Report of the Indian Hemp Drugs Commission, 1894-1895 - Volume V
Year: 1894
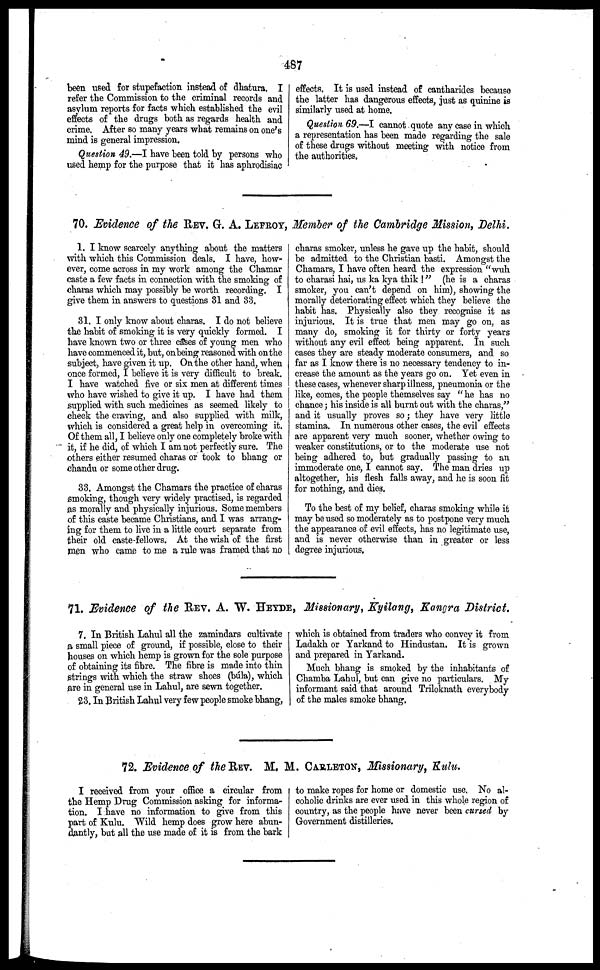
487
been used for stupefaction instead of dhatura. I
refer the Commission to the criminal records and
asylum reports for facts which established the evil
effects of the drugs both as regards health and
crime. After so many years what remains on one's
mind is general impression.
Question 49.—I have been told by persons who
used hemp for the purpose that it has aphrodisiac
effects. It is used instead of cantharides because
the latter has dangerous effects, just as quinine is
similarly used at home.
Question 69.—I cannot quote any case in which
a representation has been made regarding the sale
of these drugs without meeting with notice from
the authorities,
70. Evidence of the REV. G. A. LEFROY, Member of the Cambridge Mission, Delhi.
1. I know scarcely anything about the matters
with which this Commission deals. I have, how-
ever, come across in my work among the Chamar
caste a few facts in connection with the smoking of
charas which may possibly be worth recording. I
give them in answers to questions 31 and 33.
31. I only know about charas. I do not believe
the habit of smoking it is very quickly formed. I
have known two or three cases of young men who
have commenced it, but, on being reasoned with on the
subject, have given it up. On the other hand, when
once formed, I believe it is very difficult to break.
I have watched five or six men at different times
who have wished to give it up. I have had them
supplied with such medicines as seemed likely to
check the craving, and also supplied with milk,
which is considered a great help in overcoming it.
Of them all, I believe only one completely broke with
it, if he did, of which I am not perfectly sure. The
others either resumed charas or took to bhang or
chandu or some other drug.
33. Amongst the Chamars the practice of charas
smoking, though very widely practised, is regarded
as morally and physically injurious. Some members
of this caste became Christians, and I was arrang-
ing for them to live in a little court separate from
their old caste-fellows. At the wish of the first
men who came to me a rule was framed that no
charas smoker, unless he gave up the habit, should
be admitted to the Christian basti. Amongst the
Chamars, I have often heard the expression "wuh
to charasi hai, us ka kya thik !" (he is a charas
smoker, you can't depend on him), showing the
morally deteriorating effect which they believe the
habit has. Physically also they recognise it as
injurious. It is true that men may go on, as
many do, smoking it for thirty or forty years
without any evil effect being apparent. In such
cases they are steady moderate consumers, and so
far as I know there is no necessary tendency to in-
crease the amount as the years go on. Yet even in
these cases, whenever sharp illness, pneumonia or the
like, comes, the people themselves say " he has no
chance; his inside is all burnt out with the charas,"
and it usually proves so; they have very little
stamina. In numerous other cases, the evil effects
are apparent very much sooner, whether owing to
weaker constitutions, or to the moderate use not
being adhered to, but gradually passing to an
immoderate one, I cannot say. The man dries up
altogether, his flesh falls away, and he is soon fit
for nothing, and dies.
To the best of my belief, charas smoking while it
may be used so moderately as to postpone very much
the appearance of evil effects, has no legitimate use,
and is never otherwise than in greater or less
degree injurious.
71. Evidence of the REV. A. W. HEYDE , Missionary, Kyilang, Kangra District.
7. In British Lahul all the zamindars cultivate
a small piece of ground, if possible, close to their
houses on which hemp is grown for the sole purpose
of obtaining its fibre. The fibre is made into thin
strings with which the straw shoes (búla), which
are in general use in Lahul, are sewn together.
23. In British Lahul very few people smoke bhang,
which is obtained from traders who convey it from
Ladakh or Yarkand to Hindustan. It is grown
and prepared in Yarkand.
Much bhang is smoked by the inhabitants of
Chamba Lahul, but can give no particulars. My
informant said that around Triloknath everybody
of the males smoke bhang.
72. Evidence of the REV. M. M. CARLETON , Missionary, Kulu.
I received from your office a circular from
the Hemp Drug Commission asking for informa-
tion. I have no information to give from this
part of Kulu. Wild hemp does grow here abun-
dantly, but all the use made of it is from the bark
to make ropes for home or domestic use. No al-
coholic drinks are ever used in this whole region of
country, as the people have never been cursed by
Government distilleries.